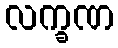
လက္ခဏ